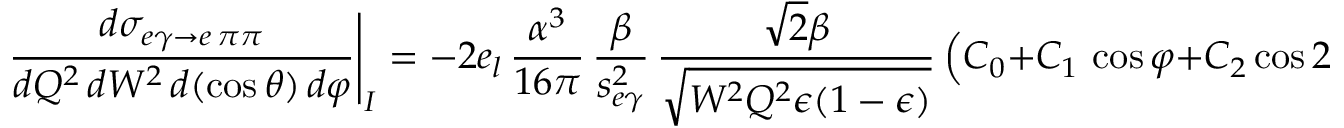
\left. \frac { d \sigma _ { e \gamma \to e \, \pi \pi } } { d Q ^ { 2 } \, d W ^ { 2 } \, d ( \cos \theta ) \, d \varphi } \right| _ { I } = - 2 e _ { l } \, \frac { \alpha ^ { 3 } } { 1 6 \pi } \, \frac { \beta } { s _ { e \gamma } ^ { 2 } } \, \frac { \sqrt { 2 } \beta } { \sqrt { W ^ { 2 } Q ^ { 2 } \epsilon ( 1 - \epsilon ) } } \, \Big ( C _ { 0 } + C _ { 1 } \, \cos \varphi + C _ { 2 } \cos 2 \varphi + C _ { 3 } \cos 3 \varphi \Big )